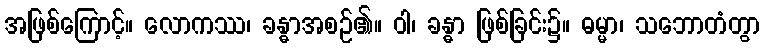
အဖြစ်ကြောင့်။ လောကဿ၊ ခန္ဓာအစဉ်၏။ ဝါ၊ ခန္ဓာ ဖြစ်ခြင်း၌။ ဓမ္မာ၊ သဘောတံတွာ